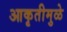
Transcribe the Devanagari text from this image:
आकृतीमुळे